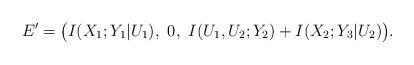
LaTeX: \begin{align*} E'=\big( I(X_1;Y_1|U_1),\ 0,\ I(U_1,U_2;Y_2)+I(X_2;Y_3|U_2) \big).\end{align*}